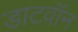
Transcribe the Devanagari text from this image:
डाटवॉन